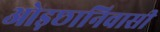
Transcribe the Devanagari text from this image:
ओड़छानिवासी